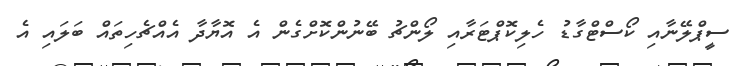
ސީޕްލޭނާއި ކޯސްޓްގާޑު ހެލިކޮޕްޓަރާއި ލޯންޗު ބޭނުންކޮށްގެން އެ އޮޔާދާ އެއްޗެހިތައް ބަލައި އެ